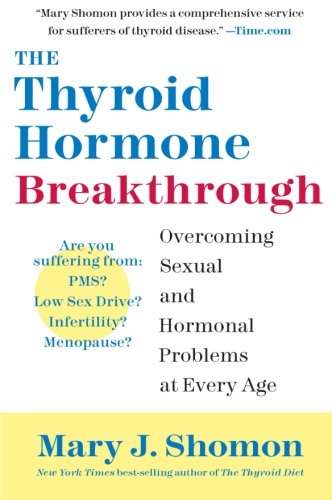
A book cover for The Thyroid Hormone Breakthrough: Overcoming Sexual and Hormonal Problems at Every Age; Mary J. Shomon; Health, Fitness & Dieting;